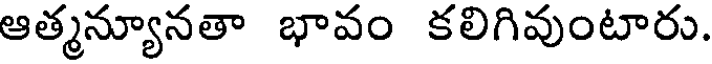
ఆత్మన్యూనతా భావం కలిగివుంటారు.